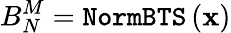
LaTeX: B_{N}^{M}=\texttt{NormBTS}\left(\textbf{x}\right)